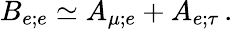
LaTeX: B_{e;e}\simeq A_{\mu;e}+A_{e;\tau}\, .